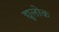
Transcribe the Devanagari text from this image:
द्यूलोक